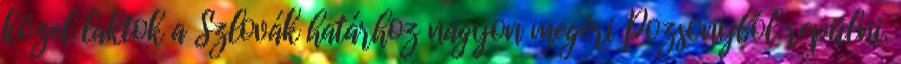
közel laktok a Szlovák határhoz nagyon megéri Pozsonyból repülni.